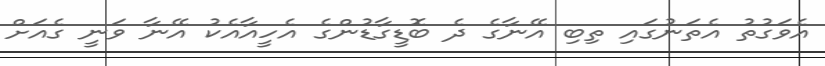
އެވަގުތު އެތަނުގައި ތިބި އޭނާގެ ދެ ބޮޑީގާޑުންގެ އެހީއާއެކު އޭނާ ވަނީ ގެއަށް